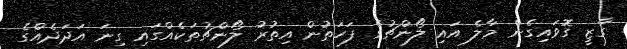
ގާޒީ ގޮވައިގެން މާލެ އައި ލޯންޗުގެ ފަހަތުން އިތުރު ލޯންޗުތަކެއްގައި ގިނަ އަދަދެއްގެ